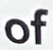
of